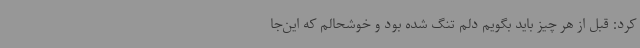
کرد: قبل از هر چیز باید بگویم دلم تنگ شده بود و خوشحالم که این‌جا